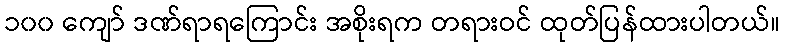
၁၀၀ ကျော် ဒဏ်ရာရကြောင်း အစိုးရက တရားဝင် ထုတ်ပြန်ထားပါတယ်။